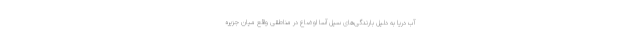
آب دریا به دلیل بارندگی‌های سیل آسا اوضاع در مناطقی واقع میان جزیره